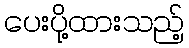
ပေးပို့ထားသည့်